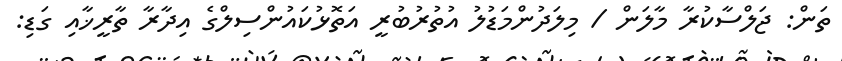
ތަން: ޖަލްސާކުރާ މާލަން / މިލަދުންމަޑުލު އުތުރުބުރީ އަތޮޅުކައުންސިލްގެ އިދާރާ ތާރީޚާއި ގަޑި: